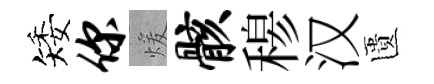
矮你煖骸𥠇汉匱